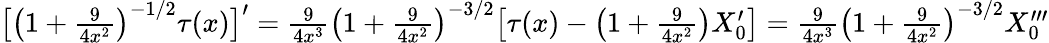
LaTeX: \begin{array}{r}{\big[\left(1+\textstyle\frac{9}{4x^{2}}\right)^{-1/2}\tau(x)\big]^{\prime}=\textstyle\frac{9}{4x^{3}}\left(1+\textstyle\frac{9}{4x^{2}}\right)^{-3/2}\big[\tau(x)-\left(1+\frac{9}{4x^{2}}\right)X_{0}^{\prime}\big]=\frac{9}{4x^{3}}\left(1+\frac{9}{4x^{2}}\right)^{-3/2}X_{0}^{\prime\prime\prime}}\end{array}